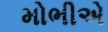
મોભીએ